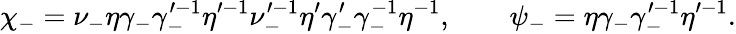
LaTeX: \chi_{-}=\nu_{-}\eta\gamma_{-}\gamma_{-}^{\prime-1}\eta^{\prime-1}\nu_{-}^{\prime-1}\eta^{\prime}\gamma_{-}^{\prime}\gamma_{-}^{-1}\eta^{-1},\qquad\psi_{-}=\eta\gamma_{-}\gamma_{-}^{\prime-1}\eta^{\prime-1}.